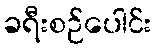
ခရီးစဉ်ပေါင်း